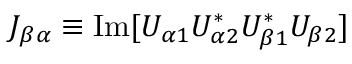
J _ { \beta \alpha } \equiv \mathrm { I m } [ U _ { \alpha 1 } U _ { \alpha 2 } ^ { * } U _ { \beta 1 } ^ { * } U _ { \beta 2 } ]